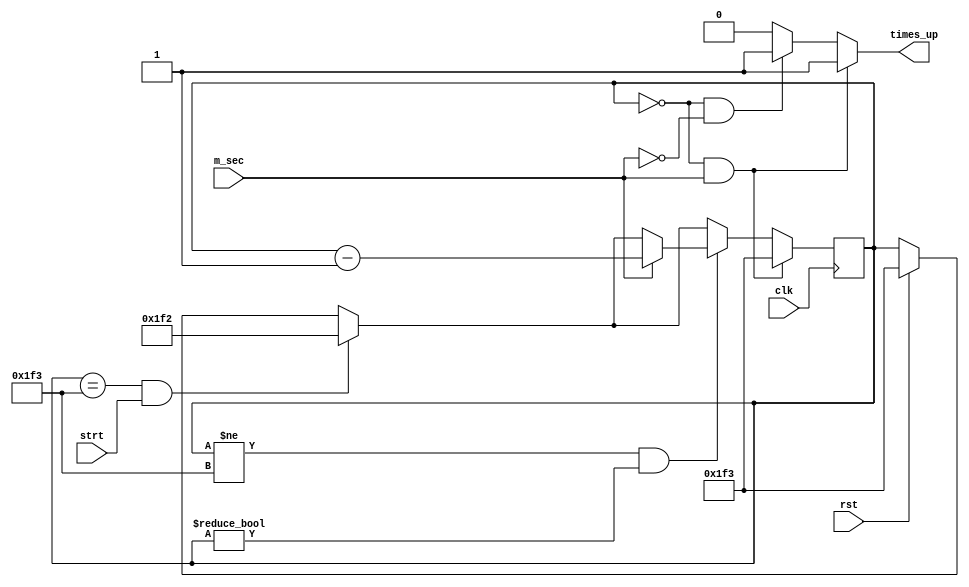
`timescale 1ns / 1ps
//////////////////////////////////////////////////////////////////////////////////
// Company: 
// Engineer: 
// 
// Design Name: 
// Module Name:    dbnc_ctrl 
// Project Name: 
// Target Devices: 
// Tool versions: 
// Description: 
//
// Dependencies: 
//
// Revision: 
// Revision 0.01 - File Created
// Additional Comments: 
//
//////////////////////////////////////////////////////////////////////////////////
module dbnc_ctrl(
    input strt,
    input m_sec,
    input rst,
    input clk,
    output reg times_up
    );
 
 
reg [9:0] millisecond_count, next_millisecond_count;


//Begin of sequential logic
always @(posedge clk) 
begin
	millisecond_count <= next_millisecond_count;	
end


//Combinational logic
always @(strt, m_sec, rst, times_up)
begin
	
	//Default settings
	times_up = 0;
	next_millisecond_count = millisecond_count;
	
	//Lets setup the initial condition.
	if (rst == 1)
		begin
			next_millisecond_count = 499;
		end	

	//Handle moving from 499 to 498
	if ((millisecond_count == 499) && (strt == 1))
		begin
			next_millisecond_count = 498;
		end


	//If we are not at 0 or 499 then let us count down.
	if ((millisecond_count != 499) && (millisecond_count != 0))
		begin
			if(m_sec == 1) next_millisecond_count = millisecond_count - 1;
		end
	
	//Let us now handle the times up when we hit the 0 value for
	//millisecond_count
	//
	//Our first if statement will go ahead and set the times_up to equal
	//1 and then just hold the condition because the m_sec is set to 0
	if ((millisecond_count == 0) && (m_sec == 0)) 
		begin
			times_up = 1;
		end


	//Our second if statement will now go and set the next_milli_second
	//count to be 499 to start the count loop over again because m_sec is
	//1 and also it will then still set the times_up to be 1 as well.
	if ((millisecond_count == 0) && (m_sec == 1)) 
		begin
			times_up = 1;	
			next_millisecond_count = 499; 
		end
	
end // End of combinational logic block
	



endmodule